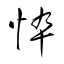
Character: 忰